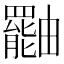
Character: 𤳷